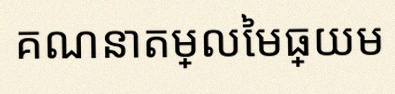
គណនាតម្លៃមធ្យម